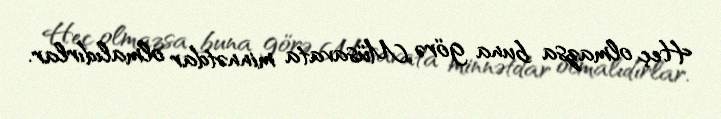
Heç olmazsa buna görə Müsavata minnətdar olmalıdırlar.